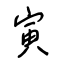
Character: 寅